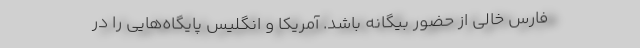
فارس خالی از حضور بیگانه باشد. آمریکا و انگلیس پایگاه‌هایی را در